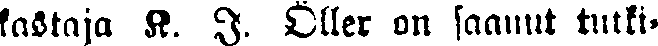
kastaja K. I. Öller on saanut tutki-